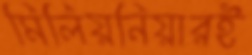
মিলিয়নিয়ারই